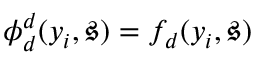
\phi _ { d } ^ { d } ( y _ { i } , \mathfrak { s } ) = f _ { d } ( y _ { i } , \mathfrak { s } )